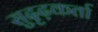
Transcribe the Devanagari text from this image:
सुदृढ़कर्ता